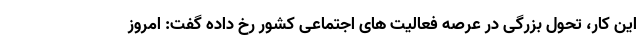
این کار، تحول بزرگی در عرصه فعالیت های اجتماعی کشور رخ داده گفت: امروز